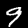
Label: 9